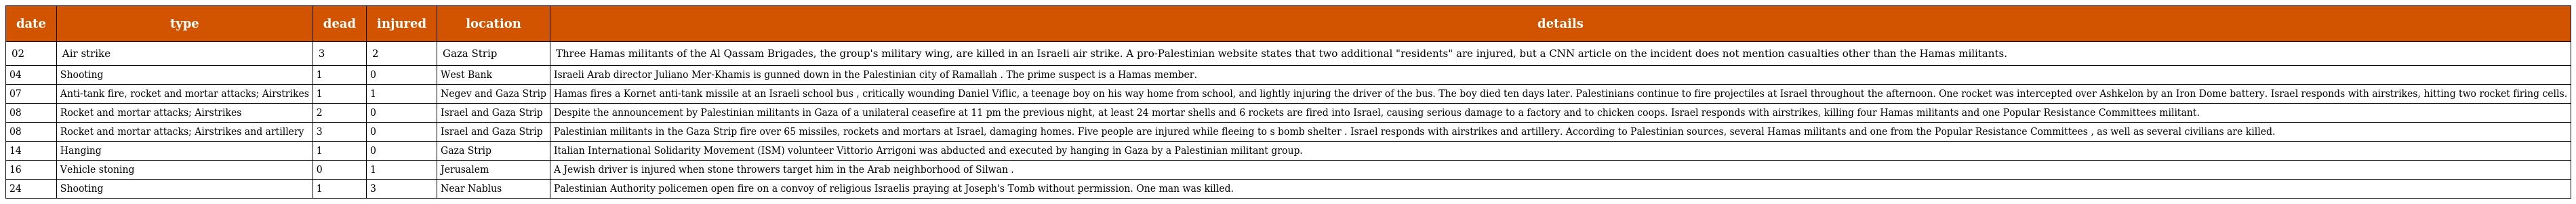
| date | type | dead | injured | location | details |
 | --- | --- | --- | --- | --- | --- |
 | 02 | Air strike | 3 | 2 | Gaza Strip | Three Hamas militants of the Al Qassam Brigades, the group's military wing, are killed in an Israeli air strike. A pro-Palestinian website states that two additional "residents" are injured, but a CNN article on the incident does not mention casualties other than the Hamas militants. |
 | 04 | Shooting | 1 | 0 | West Bank | Israeli Arab director Juliano Mer-Khamis is gunned down in the Palestinian city of Ramallah . The prime suspect is a Hamas member. |
 | 07 | Anti-tank fire, rocket and mortar attacks; Airstrikes | 1 | 1 | Negev and Gaza Strip | Hamas fires a Kornet anti-tank missile at an Israeli school bus , critically wounding Daniel Viflic, a teenage boy on his way home from school, and lightly injuring the driver of the bus. The boy died ten days later. Palestinians continue to fire projectiles at Israel throughout the afternoon. One rocket was intercepted over Ashkelon by an Iron Dome battery. Israel responds with airstrikes, hitting two rocket firing cells. |
 | 08 | Rocket and mortar attacks; Airstrikes | 2 | 0 | Israel and Gaza Strip | Despite the announcement by Palestinian militants in Gaza of a unilateral ceasefire at 11 pm the previous night, at least 24 mortar shells and 6 rockets are fired into Israel, causing serious damage to a factory and to chicken coops. Israel responds with airstrikes, killing four Hamas militants and one Popular Resistance Committees militant. |
 | 08 | Rocket and mortar attacks; Airstrikes and artillery | 3 | 0 | Israel and Gaza Strip | Palestinian militants in the Gaza Strip fire over 65 missiles, rockets and mortars at Israel, damaging homes. Five people are injured while fleeing to s bomb shelter . Israel responds with airstrikes and artillery. According to Palestinian sources, several Hamas militants and one from the Popular Resistance Committees , as well as several civilians are killed. |
 | 14 | Hanging | 1 | 0 | Gaza Strip | Italian International Solidarity Movement (ISM) volunteer Vittorio Arrigoni was abducted and executed by hanging in Gaza by a Palestinian militant group. |
 | 16 | Vehicle stoning | 0 | 1 | Jerusalem | A Jewish driver is injured when stone throwers target him in the Arab neighborhood of Silwan . |
 | 24 | Shooting | 1 | 3 | Near Nablus | Palestinian Authority policemen open fire on a convoy of religious Israelis praying at Joseph's Tomb without permission. One man was killed. |